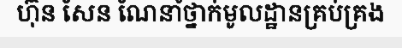
ហ៊ុន សែន ណែនាំថ្នាក់មូលដ្ឋានគ្រប់គ្រង